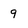
Character: 9